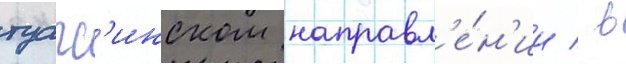
туапс'инском направл'е́н'ии / в